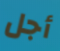
أجل